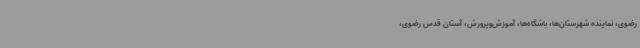
رضوی، نماینده شهرستان‌ها، باشگاه‌ها، آموزش‌وپرورش، آستان قدس رضوی،